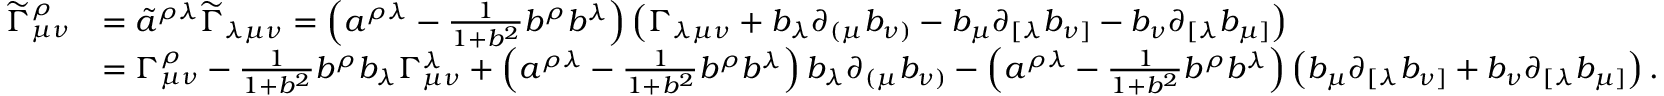
\begin{array} { r l } { \widetilde \Gamma _ { \mu \nu } ^ { \rho } } & { = \tilde { a } ^ { \rho \lambda } \widetilde \Gamma _ { \lambda \mu \nu } = \left( a ^ { \rho \lambda } - \frac { 1 } { 1 + b ^ { 2 } } b ^ { \rho } b ^ { \lambda } \right) \left( \Gamma _ { \lambda \mu \nu } + b _ { \lambda } \partial _ { ( \mu } b _ { \nu ) } - b _ { \mu } \partial _ { [ \lambda } b _ { \nu ] } - b _ { \nu } \partial _ { [ \lambda } b _ { \mu ] } \right) } \\ & { = \Gamma _ { \mu \nu } ^ { \rho } - \frac { 1 } { 1 + b ^ { 2 } } b ^ { \rho } b _ { \lambda } \Gamma _ { \mu \nu } ^ { \lambda } + \left( a ^ { \rho \lambda } - \frac { 1 } { 1 + b ^ { 2 } } b ^ { \rho } b ^ { \lambda } \right) b _ { \lambda } \partial _ { ( \mu } b _ { \nu ) } - \left( a ^ { \rho \lambda } - \frac { 1 } { 1 + b ^ { 2 } } b ^ { \rho } b ^ { \lambda } \right) \left( b _ { \mu } \partial _ { [ \lambda } b _ { \nu ] } + b _ { \nu } \partial _ { [ \lambda } b _ { \mu ] } \right) . } \end{array}